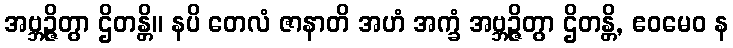
အဗ္ဘဉ္ဇိတွာ ဌိတန္တိ။ နပိ တေလံ ဇာနာတိ အဟံ အက္ခံ အဗ္ဘဉ္ဇိတွာ ဌိတန္တိ, ဧဝမေဝ န